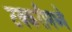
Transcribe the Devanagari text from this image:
टक्करीमध्ये